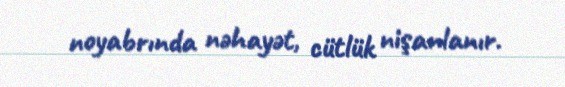
noyabrında nəhayət, cütlük nişanlanır.